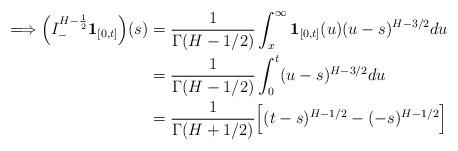
LaTeX: \begin{align*}\Longrightarrow \Big( I^{H - \frac{1}{2}}_{-} {\bf{1}}_{[0,t]} \Big) (s)& = \frac{1}{\Gamma(H - 1/2)} \int^{\infty}_{x} {\bf{1}}_{[0,t]} (u) (u-s)^{H- 3/2} du\\& = \frac{1}{\Gamma(H - 1/2)} \int^{t}_{0} (u-s)^{H- 3/2} du\\ & = \frac{1}{\Gamma(H + 1/2)} \Big[ (t - s)^{H - 1/2} - (-s)^{H - 1/2} \Big]\end{align*}